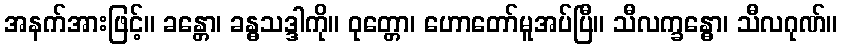
အနက်အားဖြင့်။ ခန္တော၊ ခန္ဓသဒ္ဒါကို။ ဝုတ္တော၊ ဟောတော်မူအပ်ပြီ။ သီလက္ခန္ဓော၊ သီလဂုဏ်။